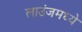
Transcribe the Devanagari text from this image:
लाउंजमध्ये